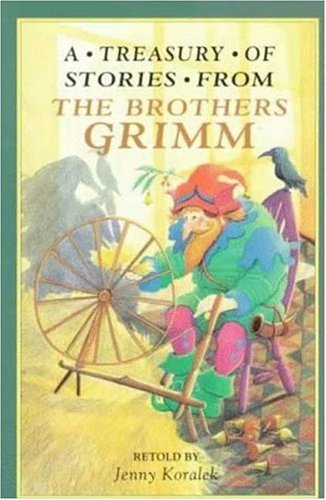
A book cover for A Treasury of Stories from the Brothers Grimm; Jenny Koralek; Children's Books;